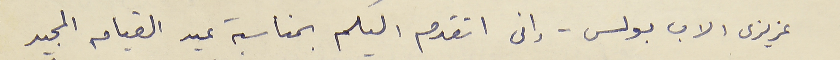
عزيزى الاب بولس - إنى اتقدم اليكم بمناسبة عيد القيامه المجيد